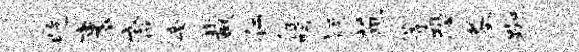
屹裹裔旁裁仁征咯疑蔗等恐墓踟